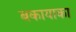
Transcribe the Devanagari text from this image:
बकायाका